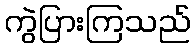
ကွဲပြားကြသည်